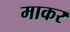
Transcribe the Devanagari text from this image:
माकर